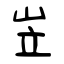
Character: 岦